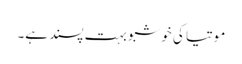
موتیا کی خوشبو بہت پسند ہے۔